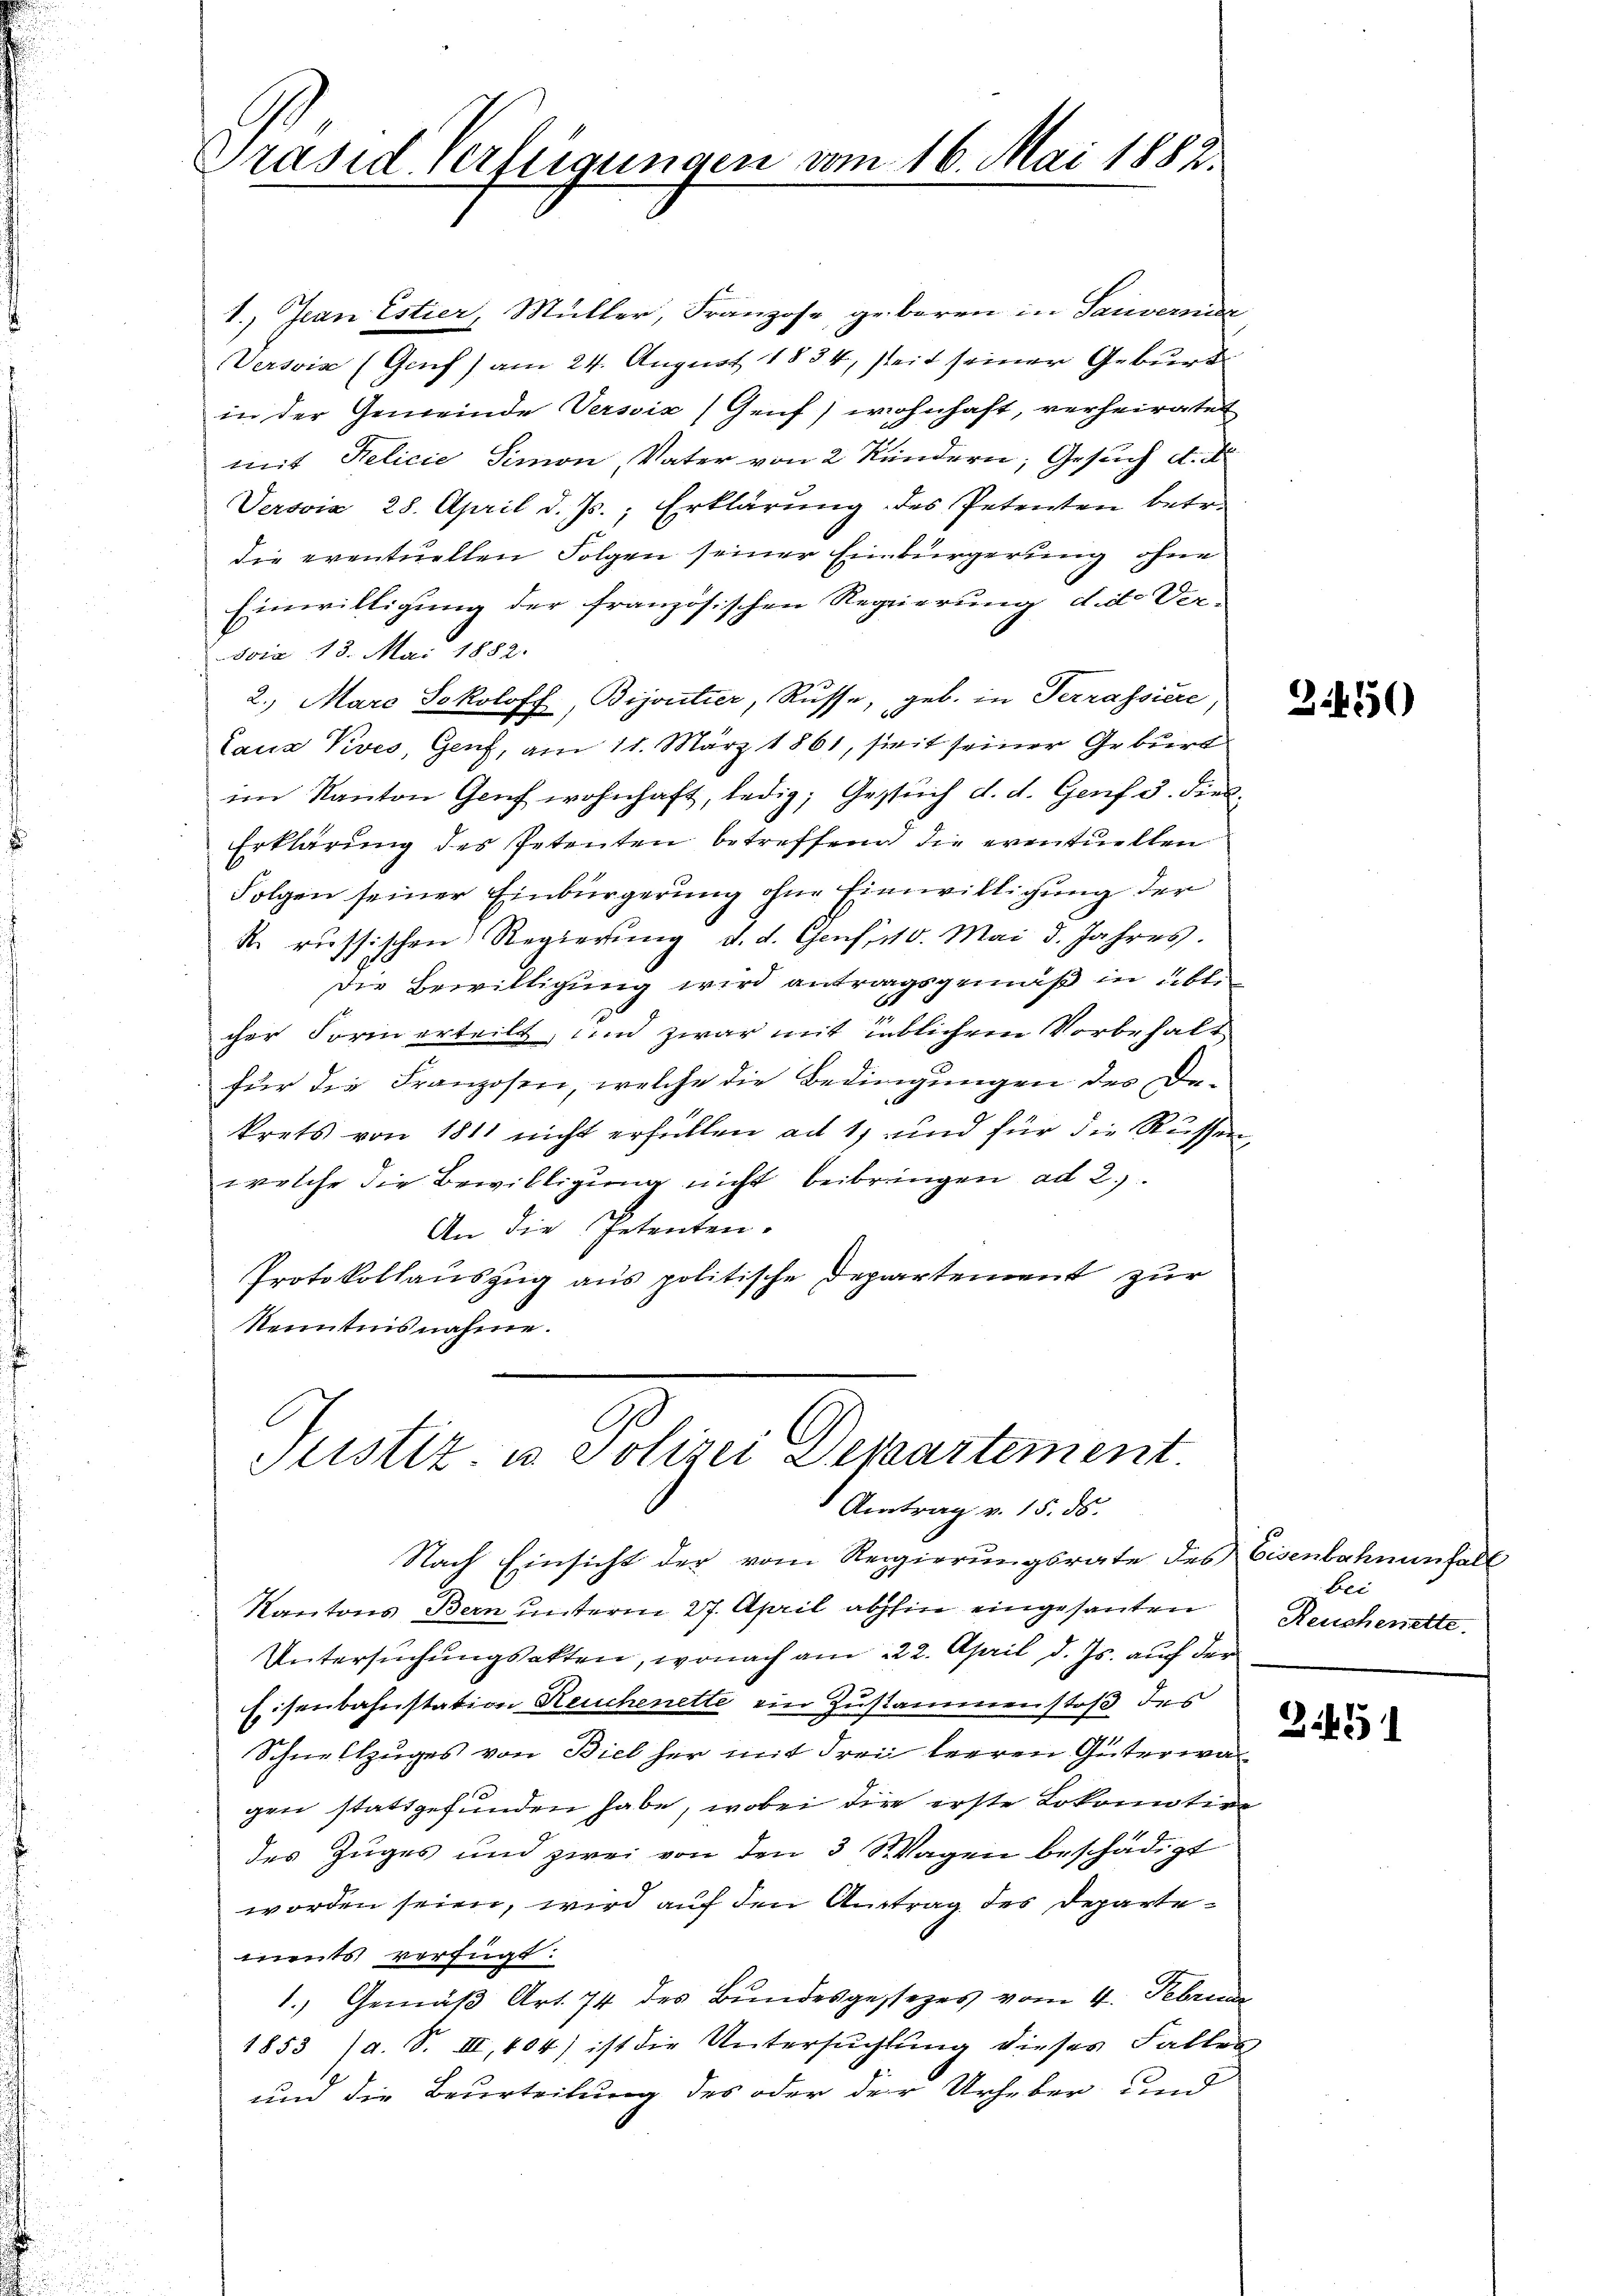
Präsid. Verleigungen vom 16. Mai 1882.

1., Jean Estier, Müller, Franzose, geboren in Saiweri
Versvis (Genf) am 24. August 1854, seit seiner Geburt
in der Gemeinde Versix) Genf) wohnhaft, verheiratet
mit Relicie Simon, Vater von 2 Kindern, Gesuch d. d.
Verović, 28. April d. Js., Erklärung des Petenten betr.
die eventuellen Folgen seiner Einbürgerung ohne
Einwilligung der französischen Regierung die Ver-
ovia 18. Mai 1882.
2.) Marc Sokoloff, Bijoutier, Russe, geb. in Terrassiere
laus Pives, Genf, am 11. März 1861, seit seiner Geburt
im Kanton Genf wohnhaft, ledig, Gesuch d. d. Genf u. dies
Erklärung des Petenten betreffend die eventuellen
Folgen seiner Einbürgerung ohne Einwilligung der
R. russischen Regierŭng d. d. Genf, 110. Mai d. Jahres.
Die Bewilligung wird antragsgemäß in übt.
2
cher Form erteilt, und zwar mit inblichem Vorbehalt
für die Franzosen, welche die Bedingungen des De-
krets von 1811 nicht erfüllen ad 1, und für die Rüssen,
welche die Bewilligung nicht beibringen ad 2.)
An die Petenten.
Protokollauszug aus politische Departement zur
Kenntnisnahme.

Stistiz- u. Polizei Departement
 Antrag v. 15. ds.

Nach Einsicht der vom Regierungsrate des Eisenbahnenfall
Kantons Bern unterm 27. April abhin eingesanten
Untersŭchŭngsakten, wonach am 22. April d. Js. auch der
Eisenbahnstation Reuchenette ein Zusammenstoß des
Schnellzuges von Biel her mit drei leeren Güterwagen stattgefunden habe, wobei dire erste Lokomotive
des Zuges und zwei von den 3 Wagen beschädigt
worden seien, wird auf den Antrag des Departements verfügt:
1.) Gemäβ Art. 74 des Bŭndesgesezes vom 4. Februar
1853 (a. S. III, 404) ist die Untersuchtung dieses Fallen
und die Beurteilung des oder der Urheber und

34550)

bei
Reuchenrette

2451